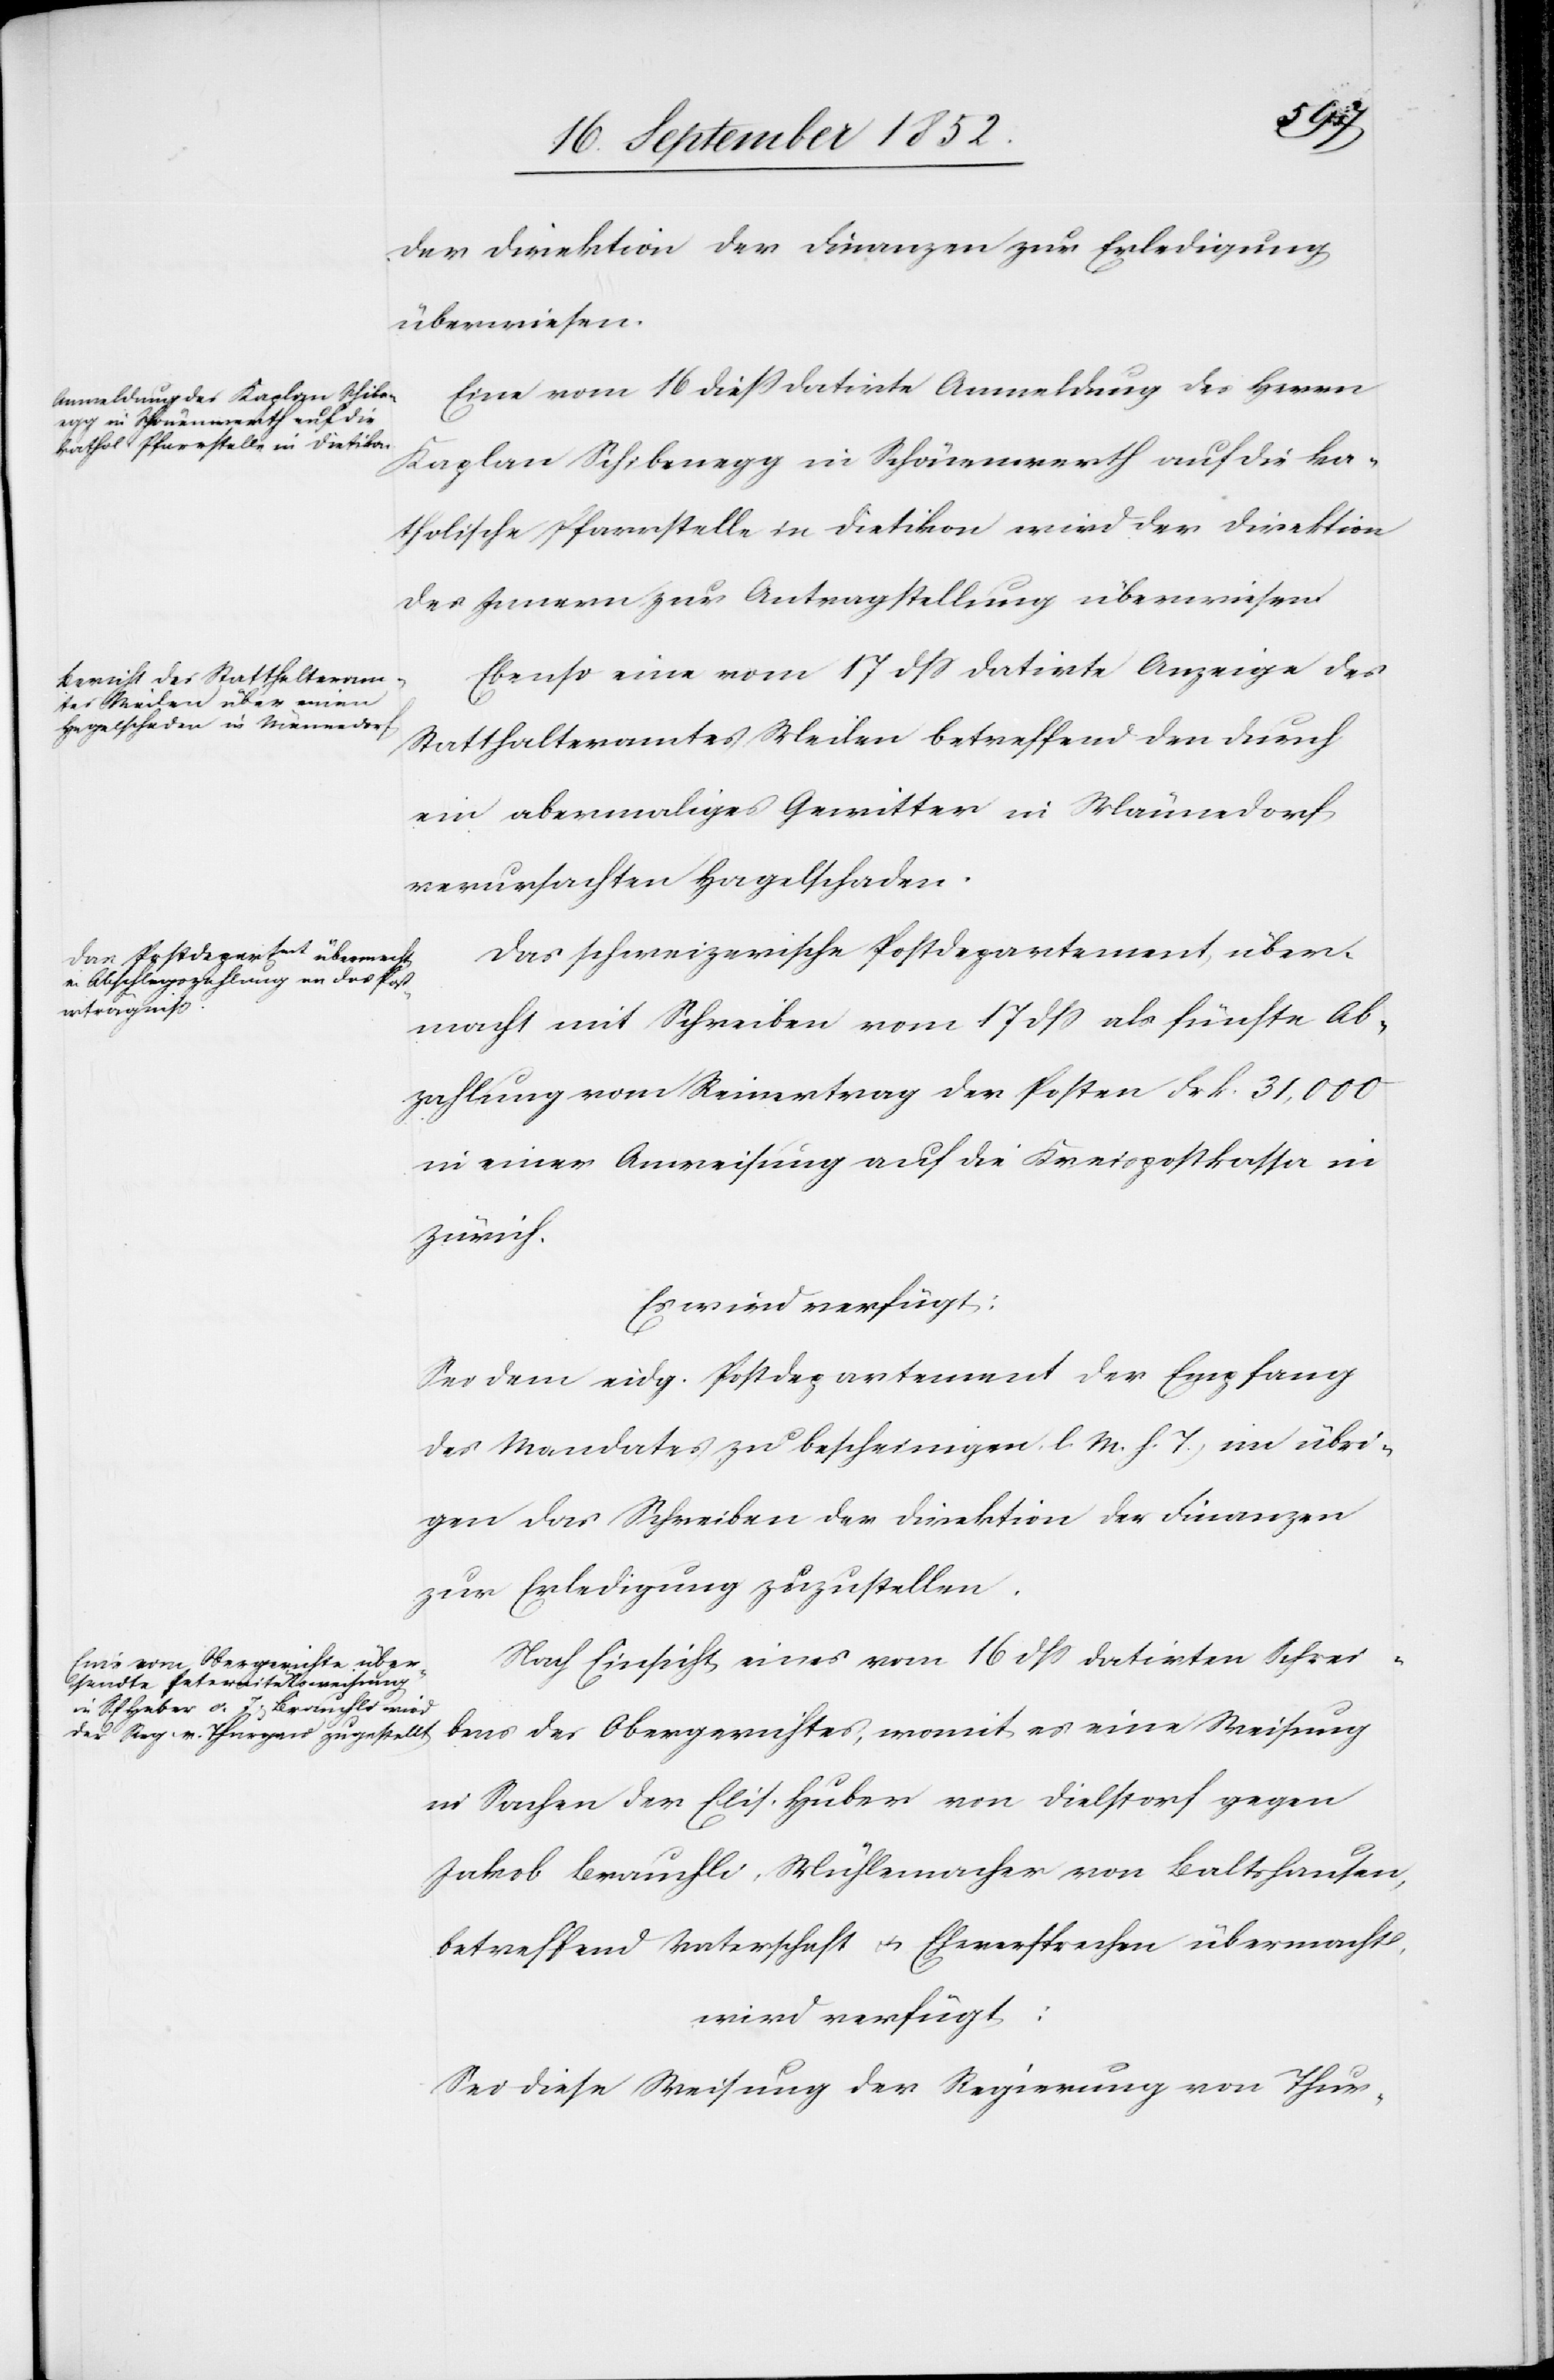
18 September 1852]
der Direktion der Finanzen zur Erledigung
überwiesen.
Eine vom 16 diess datirte Anmeldung des Herrn
Kaplan Schibenegg in Schönenwerth auf die ka¬
tholische Pfarrstelle in Dietikon wird der Direktion
des Innern zur Antragstellung überwiesen.
Ebenso eine vom 17 dss datirte Anzeige des
Statthalteramtes Meilen betreffend den durch
ein abermaliges Gewitter in Männedorf
verursachten Hagelschaden.
Das schweizerische Postdepartement über¬
macht mit Schreiben vom 17 dss als fünfte Ab¬
zahlung vom Reinertrag der Posten Frk. 31,000
in einer Anweisung auf die Kreispostkassa in
Zürich.
Es wird verfügt:
Sei dem eidg. Postdepartement der Empfang
des Mandates zu bescheinigen (l. M. h. T.) im übri¬
gen das Schreiben der Direktion der Finanzen
zur Erledigung zuzustellen.
Nach Einsicht eines vom 16 dss datirten Schrei¬
bens des Obergerichtes, womit es eine Weisung
in Sachen der Elis. Huber von Dielstorf gegen
Jakob Brauchli, Mühlemacher von Baltshausen,
betreffend Vaterschaft & Eheversprechen übermacht,
wird verfügt:
Sei diese Weisung der Regierung von Thur-